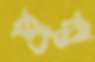
ভাল্ব